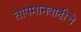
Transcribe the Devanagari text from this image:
तापमानवाढीचे